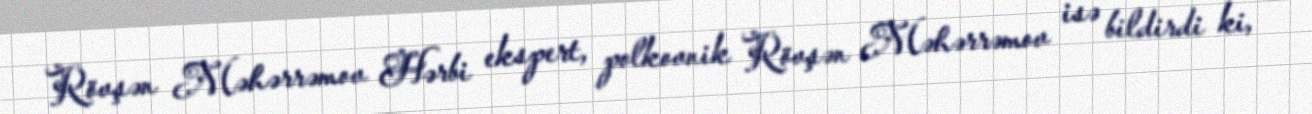
Rövşən Məhərrəmov Hərbi ekspert, polkovnik Rövşən Məhərrəmov isə bildirdi ki,